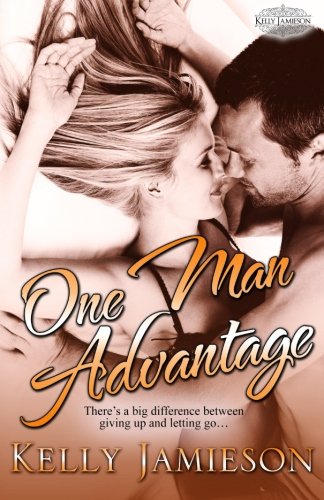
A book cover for One Man Advantage: Heller Brothers Hockey Book 3 (Volume 3); Kelly Jamieson; Romance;